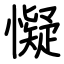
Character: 懝